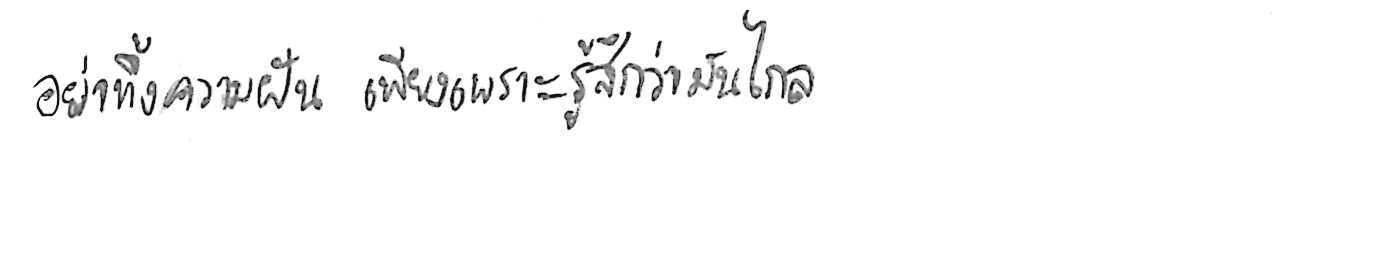
อย่าทิ้งความฝัน เพียงเพราะรู้สึกว่ามันไกล